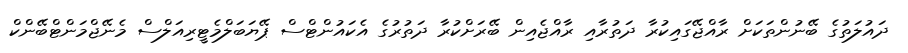
ދައުލަތުގެ ބޭނުންތަކަށް ރާއްޖޭގައިކުރާ ދަތުރާއި ރާއްޖެއިން ބޭރަށްކުރާ ދަތުރުގެ އެކައުންޓްސް ޕޭޔަބަލްމެޓީރިއަލްސް މެނޭޖްމަންޓްބޭންކް